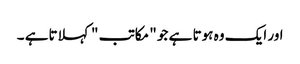
اور ایک وہ ہوتا ہے جو " مکاتب " کہلاتاہے ۔